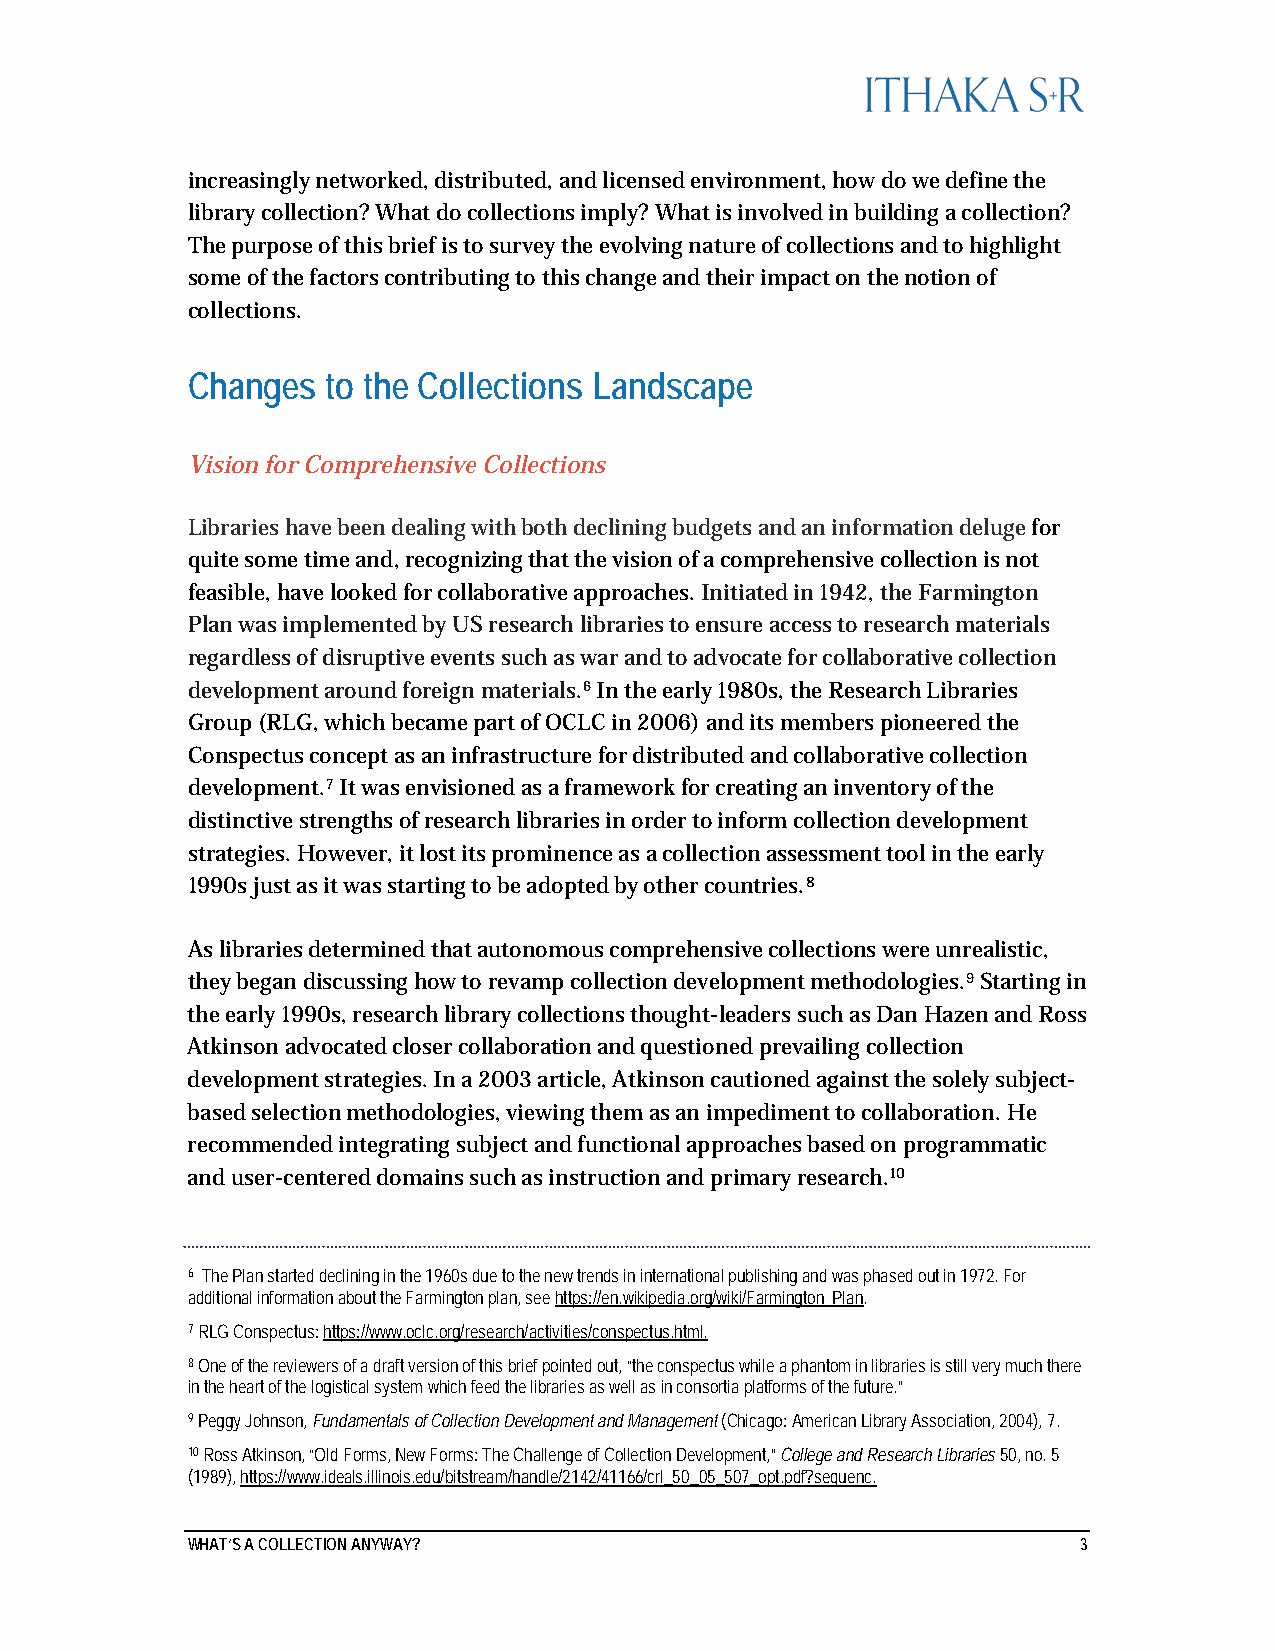
increasingly networked, distributed, and licensed environment, how do we define the
 library collection? What do collections imply? What is involved in building a collection?
 The purpose of this brief is to survey the evolving nature of collections and to highlight
 some of the factors contributing to this change and their impact on the notion of
 collections.
 Changes   to the Collections Landscape
 Vision for Comprehensive Collections
 Libraries have been dealing with both declining budgets and an information deluge for
 quite some time and, recognizing that the vision of a comprehensive collection is not
 feasible, have looked for collaborative approaches. Initiated in 1942, the Farmington
 Plan was implemented by US research libraries to ensure access to research materials
 regardless of disruptive events such as war and to advocate for collaborative collection
 development around foreign materials.6 In the early 1980s, the Research Libraries
 Group (RLG, which became part of OCLC in 2006) and its members pioneered the
 Conspectus concept as an infrastructure for distributed and collaborative collection
 development.7 It was envisioned as a framework for creating an inventory of the
 distinctive strengths of research libraries in order to inform collection development
 strategies. However, it lost its prominence as a collection assessment tool in the early
 1990s just as it was starting to be adopted by other countries.8
 As libraries determined that autonomous comprehensive collections were unrealistic,
 they began discussing how to revamp collection development methodologies.9 Starting in
 the early 1990s, research library collections thought-leaders such as Dan Hazen and Ross
 Atkinson advocated closer collaboration and questioned prevailing collection
 development strategies. In a 2003 article, Atkinson cautioned against the solely subject-
 based selection methodologies, viewing them as an impediment to collaboration. He
 recommended integrating subject and functional approaches based on programmatic
 and user-centered domains such as instruction and primary research.10
 6 The Plan started declining in the 1960s due to the new trends in international publishing and was phased out in 1972. For
 additional information about the Farmington plan, see https://en.wikipedia.org/wiki/Farmington_Plan.
 7 RLG Conspectus: https://www.oclc.org/research/activities/conspectus.html.
 8 One of the reviewers of a draft version of this brief pointed out, “the conspectus while a phantom in libraries is still very much there
 in the heart of the logistical system which feed the libraries as well as in consortia platforms of the future.”
 9 Peggy Johnson, Fundamentals of Collection Development and Management (Chicago: American Library Association, 2004), 7.
 10 Ross Atkinson, “Old Forms, New Forms: The Challenge of Collection Development,” College and Research Libraries 50, no. 5
 (1989), https://www.ideals.illinois.edu/bitstream/handle/2142/41166/crl_50_05_507_opt.pdf?sequenc.
 WHAT’S A COLLECTION ANYWAY?                                 3